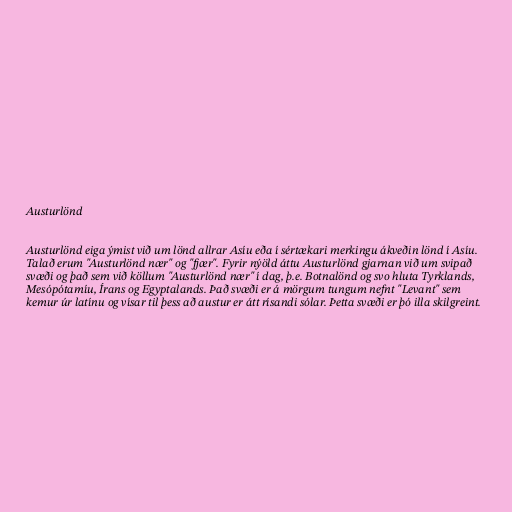
Austurlönd

Austurlönd eiga ýmist við um lönd allrar Asíu eða í sértækari merkingu ákveðin lönd í Asíu.
Talað erum "Austurlönd nær" og "fjær". Fyrir nýöld áttu Austurlönd gjarnan við um svipað
svæði og það sem við köllum "Austurlönd nær" í dag, þ.e. Botnalönd og svo hluta Tyrklands,
Mesópótamíu, Írans og Egyptalands. Það svæði er á mörgum tungum nefnt "Levant" sem
kemur úr latínu og vísar til þess að austur er átt rísandi sólar. Þetta svæði er þó illa skilgreint.